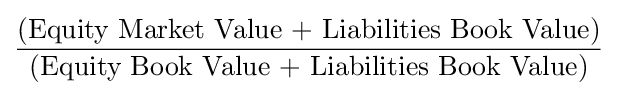
{\frac {\text{(Equity Market Value + Liabilities Book Value)}}{\text{(Equity Book Value + Liabilities Book Value)}}}